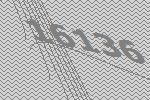
16136